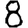
Digit: 8